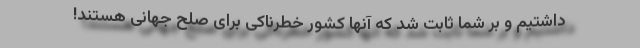
داشتیم و بر شما ثابت شد که آنها کشور خطرناکی برای صلح جهانی هستند!